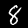
Digit: 8